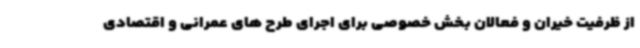
از ظرفیت خیران و فعالان بخش خصوصی برای اجرای طرح های عمرانی و اقتصادی